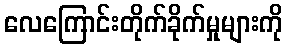
လေကြောင်းတိုက်ခိုက်မှုများကို